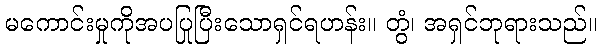
မကောင်းမှုကိုအပပြုပြီးသောရှင်ရဟန်း။ တွံ၊ အရှင်ဘုရားသည်။